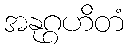
အနုဂ္ဂဟိတံ